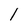
Character: 1